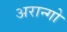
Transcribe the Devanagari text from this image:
अरान्गो